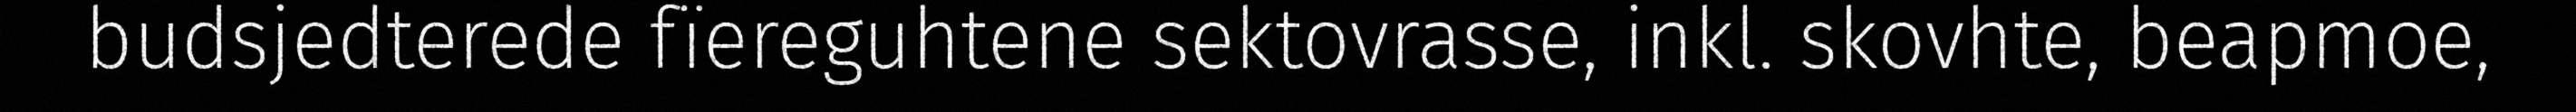
budsjedterede fïereguhtene sektovrasse, inkl. skovhte, beapmoe,